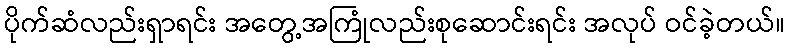
ပိုက်ဆံလည်းရှာရင်း အတွေ့အကြုံလည်းစုဆောင်းရင်း အလုပ် ဝင်ခဲ့တယ်။